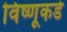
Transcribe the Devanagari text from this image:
विष्णूकडे